Indian journal of veterinary science and animal husbandry - Volumes 18-21, 1948-1951
Year: 1948
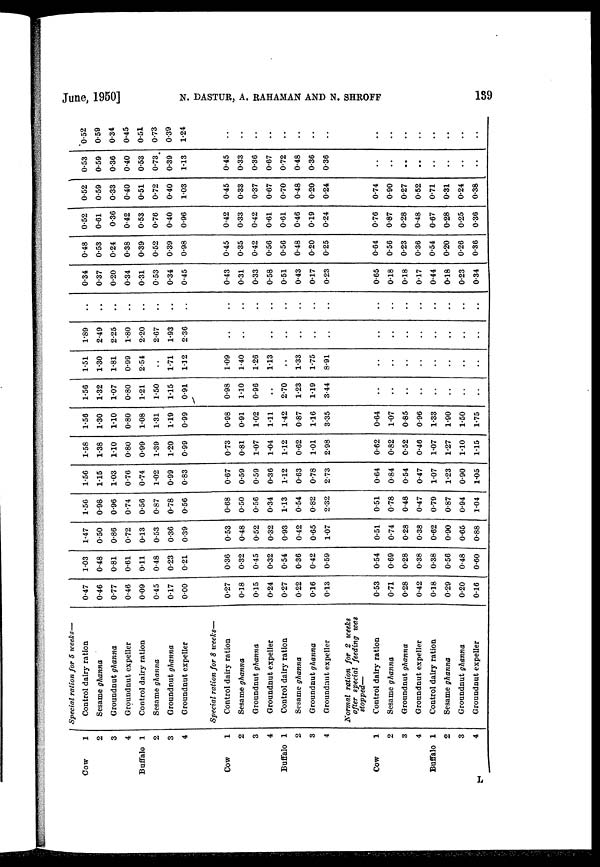
June, 1950] N. DASTUR, A. RAHAMAN AND N. SHROFF 139
Cow
1
2
3
4
Buffalo 1
2
3
4
Cow
1
2
3
4
Buffalo 1
2
3
4
Cow
1
2
3
4
Buffalo 1
2
3
4
Special ration for 5 weeks—
Control dairy ration
Sesame ghanna
Groundnut ghanna
Groundnut expeller
Control dairy ration
Sesame ghanna
Groundnut ghanna
Groundnut expeller
Special ration for 8 weeks—
Control dairy ration
Sesame ghanna
Groundnut ghanna
Groundnut expeller
Control dairy ration
Sesame ghanna
Groundnut ghanna
Groundnut expeller
Normal ration for 2 weeks
after special feeding was
stopped—
Control dairy ration
Sesame ghanna
Groundnut ghanna
Groundnut expeller
Control dairy ration
Sesame ghanna
Groundnut ghanna
Groundnut expeller
0.47
0.46
0.77
0.46
0.09
0.45
0.17
0.00
0.27
0.18
0.15
0.24
0.27
0.22
0.16
0.13
0.53
0.71
0.28
0.42
0.18
0.29
0.20
0.16
1.03
0.48
0.81
0.61
0.11
0.48
0.23
0.21
0.36
0.32
0.45
0.32
0.54
0.36
0.42
0.59
0.54
0.69
0.28
0.38
0.38
0.56
0.48
0.60
1.47
0.50
0.86
0.72
0.13
0.53
0.36
0.39
0.53
0.48
0.52
0.32
0.93
0.42
0.65
1.07
0.51
0.74
0.28
0.38
0.62
0.90
0.65
0.88
1.56
0.98
0.96
0.74
0.56
0.87
0.78
0.56
0.68
0.50
0.56
0.34
1.13
0.54
0.82
2.32
0.51
0.78
0.48
0.47
0.79
0.87
0.94
1.04
1.56
1.15
1.03
0.76
0.74
1.02
0.99
0.83
0.67
0.59
0.59
0.36
1.12
0.63
0.78
2.73
0.64
0.84
0.54
0.47
1.07
1.23
0.90
1.05
1.58
1.38
1.10
0.80
0.99
1.39
1.20
0.99
0.73
0.81
1.07
1.04
1.12
0.62
1.01
2.98
0.62
0.82
0.52
0.46
1.07
1.27
1.10
1.15
1.56
1.30
1.10
0.80
1.08
1.31
1.19
0.99
0.98
0.91
1.02
1.11
1.42
0.87
1.16
3.35
0.64
1.07
0.85
0.96
1.33
1.90
1.50
1.75
1.56
1.32
1.07
0.80
1.21
1.50
1.15
0.91
0.98
1.10
0.96
..
2.70
1.23
1.19
3.44
..
..
..
..
..
..
..
..
1.51
1.30
1.81
0.99
2.54
..
1.71
1.12
1.09
1.40
1.26
1.13
..
1.33
1.75
8.91
..
..
..
..
..
..
..
..
1.89
2.49
2.25
1.80
2.20
2.67
1.93
2.36
..
..
..
..
..
..
..
..
..
..
..
..
..
..
..
..
..
..
..
..
..
..
..
..
..
..
..
..
..
..
..
..
..
..
..
..
..
..
..
..
0.34
0.37
0.20
0.34
0.31
0.53
0.34
0.45
0.43
0.31
0.33
0.58
0.51
0.43
0.17
0.23
0.65
0.18
0.18
0.17
0.44
0.18
0.23
0.34
0.48
0.53
0.24
0.38
0.39
0.52
0.39
0.98
0.45
0.35
0.42
0.56
0.56
0.48
0.20
0.25
0.64
0.56
0.23
0.36
0.54
0.20
0.26
0.36
0.52
0.61
0.36
0.42
0.53
0.76
0.40
0.96
0.42
0.33
0.42
0.61
0.61
0.46
019
0.24
0.76
0.87
0.28
0.48
0.67
0.28
0.25
0.36
0.52
0.59
0.33
0.40
0.51
0.72
0.40
1.03
0.45
0.33
0.37
0.67
0.70
0.48
0.20
0.24
0.74
0.90
0.27
0.52
0.71
0.31
0.24
0.38
0.53
0.59
0.36
0.40
0.53
0.73
0.39
1.13
0.45
0.33
0.36
0.67
0.72
0.48
0.36
0.36
..
..
..
..
..
..
..
..
0.52
0.59
0.34
0.45
0.51
0.73
0.39
1.24
..
..
..
..
..
..
..
..
..
..
..
..
..
..
..
..